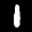
Label: 1